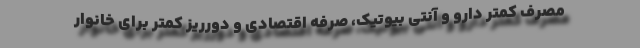
مصرف کمتر دارو و آنتی بیوتیک، صرفه اقتصادی و دورریز کمتر برای خانوار